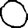
Digit: 0